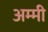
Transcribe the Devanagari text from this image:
अम्मी